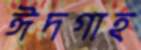
ঈদগাহ